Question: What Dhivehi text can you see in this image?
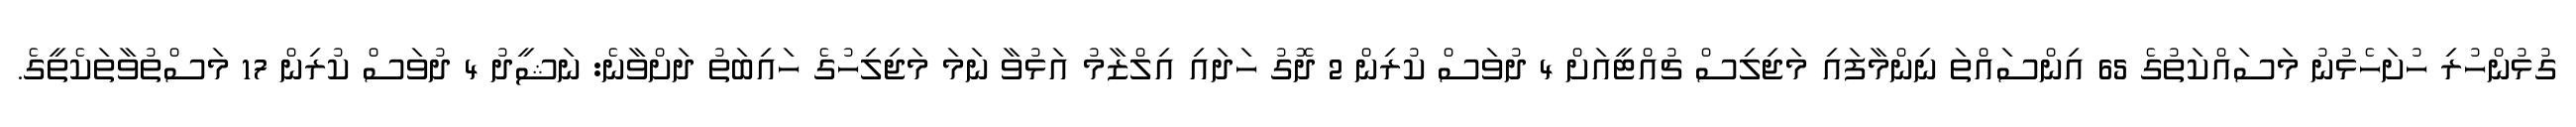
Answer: ގުޅުންހުރި ހުށަހެޅުނު މަސައްކަތުގެ 65 އިންސައްތަ ނިންމާފައި މަޖިލިސް ޗުއްޓީއަށް 4 ދުވަސް ކުރިން 2 ދޮގު ހަދައި އިލްޒާމު އަޅުވާ ނަމަ މަޖިލިހުގެ ހައިބަތު ދަށްވާނެ: ނަޝީދު 4 ދުވަސް ކުރިން 17 މަސްތުވާތަކެތީގެ.